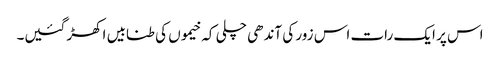
اس پر ایک رات اس زور کی آندھی چلی کہ خیموں کی طنابیں اکھڑ گئیں۔